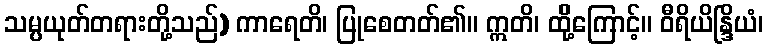
သမ္ပယုတ်တရားတို့သည်) ကာရေတိ၊ ပြုစေတတ်၏။ ဣတိ၊ ထိို့ကြောင့်။ ဝီရိယိန္ဒြိယံ၊